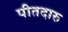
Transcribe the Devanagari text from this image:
पीतदारु